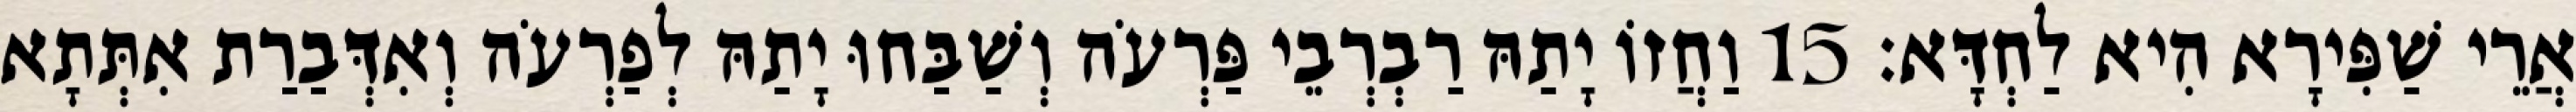
אֲרֵי שַׁפִּירָא הִיא לַחְדָּא׃ 15 וַחֲזוֹ יָתַהּ רַבְרְבֵי פַּרְעֹה וְשַׁבַּחוּ יָתַהּ לְפַרְעֹה וְאִדְּבַרַת אִתְּתָא